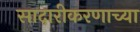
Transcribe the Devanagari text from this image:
सादारीकरणाच्या